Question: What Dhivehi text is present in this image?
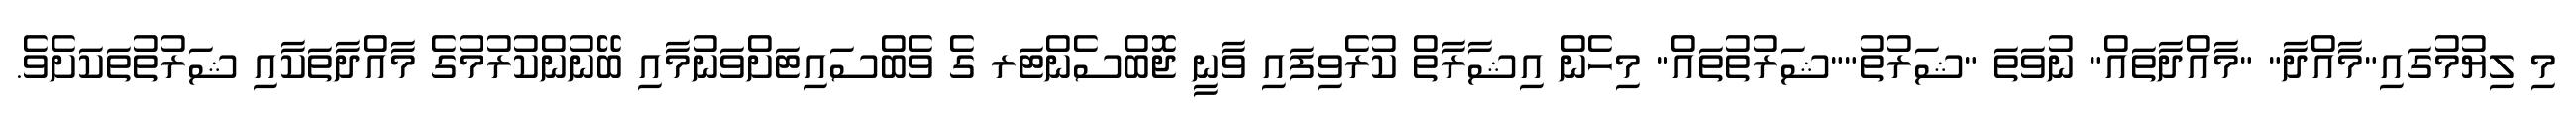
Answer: މި ލިޔުމުގައި"މާއްދާ" "މާއްދާތައް" ނުވަތަ "ޝަރުތު""ޝަރުތުތައް" މިހެން އިޝާރާތް ކުރެވިފައި ވާނީ ޖޮބްސެންޓަރ ގެ ވެބްސައިޓަށްވަނުމާއި ބޭނުންކުރުމުގެ މާއްދާތަކާއި ޝަރުތުތަކަށެވެ.